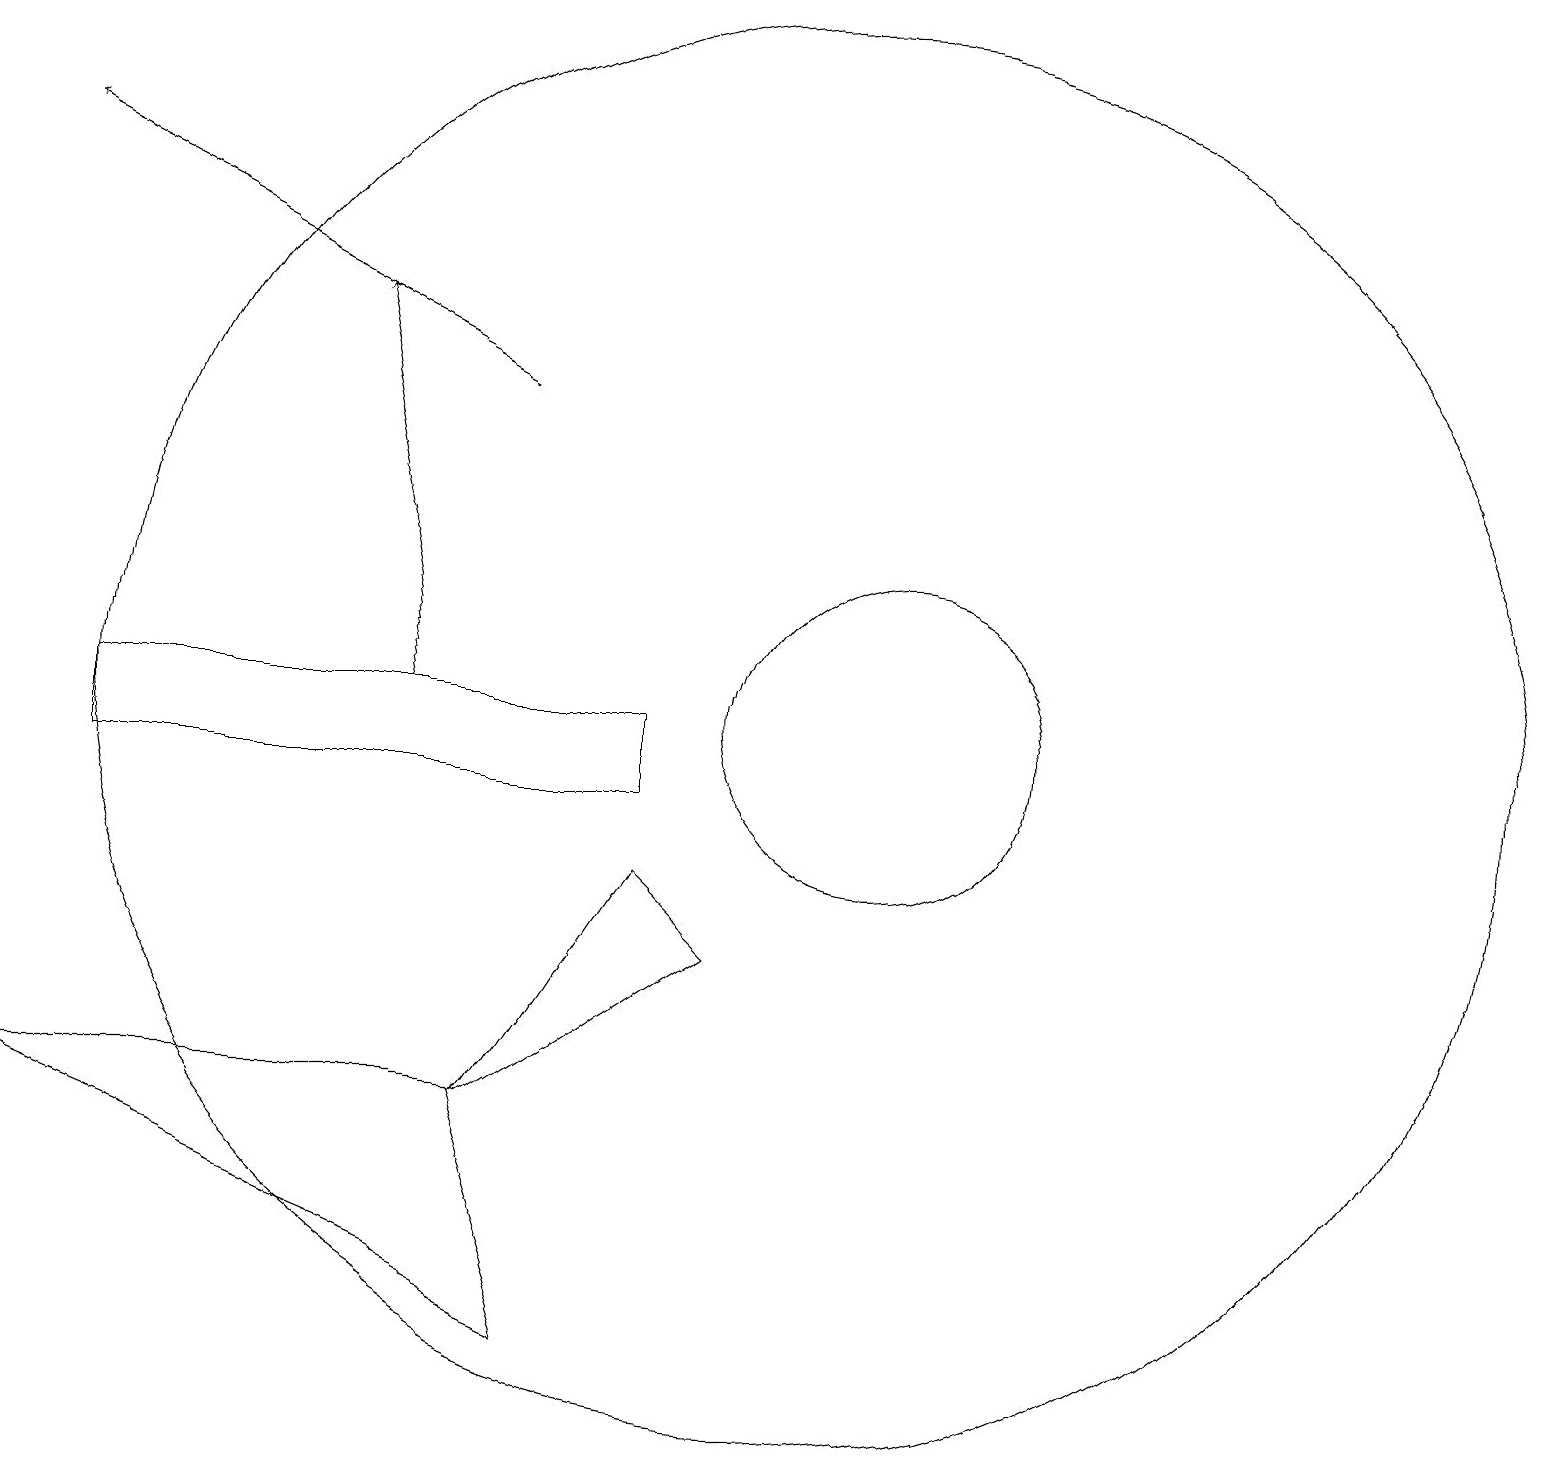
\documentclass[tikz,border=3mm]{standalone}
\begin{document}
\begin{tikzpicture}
\draw (6,6) -- (8,9) -- (9,8) -- cycle;
\draw (11,11) circle (2);
\draw[->] (5,11) -- (4,16);
\draw (8,10) rectangle (1,11);
\draw (10,11) circle (9);
\draw (6,6) -- (7,3) -- (0,6) -- cycle;
\draw[->] (6,15) -- (0,18);
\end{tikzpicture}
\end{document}